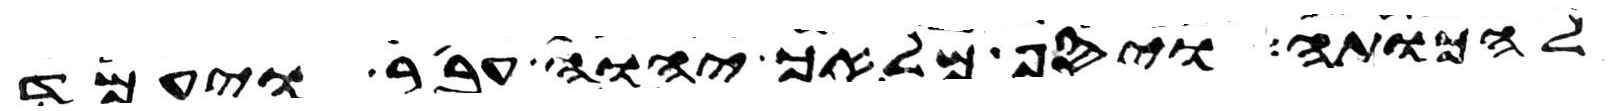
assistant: להכותה ויסף מלאך יהוה עבר ויעמד